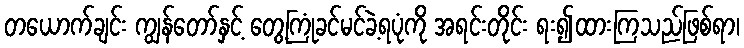
တယောက်ချင်း ကျွန်တော်နှင့် တွေ့ကြုံခင်မင်ခဲ့ရပုံကို အရင်းတိုင်း ရး၍ထားကြသည်ဖြစ်ရာ၊